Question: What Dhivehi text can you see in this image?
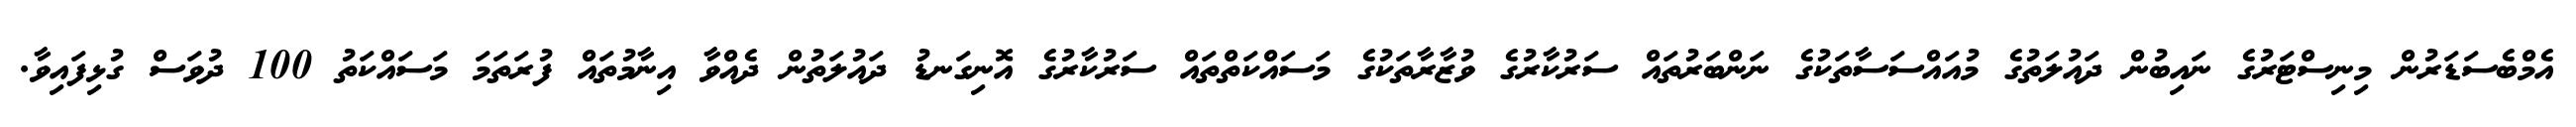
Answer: އެމްބެސަޑަރުން މިނިސްޓަރުގެ ނައިބުން ދައުލަތުގެ މުއައްސަސާތަކުގެ ނަންބަރުތައް ސަރުކާރުގެ ވުޒާރާތަކުގެ މަސައްކަތްތައް ސަރުކާރުގެ އޮނިގަނޑު ދައުލަތުން ދެއްވާ އިނާމުތައް ފުރަތަމަ މަސައްކަތު 100 ދުވަސް ގުޅިފައިވާ.